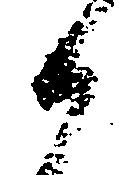
候